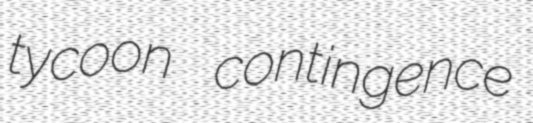
tycoon contingence